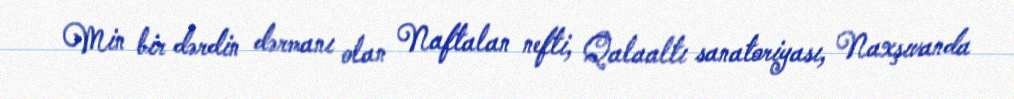
Min bir dərdin dərmanı olan Naftalan nefti, Qalaaltı sanatoriyası, Naxşıvanda